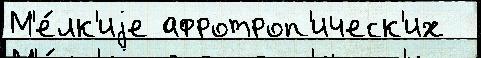
М'е́лк'иjе афротроп'ическ'их